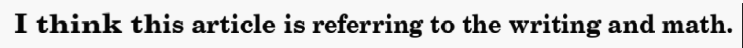
I think this article is referring to the writing and math.